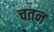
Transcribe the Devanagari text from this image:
चतन